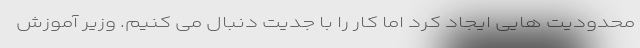
محدودیت هایی ایجاد کرد اما کار را با جدیت دنبال می کنیم. وزیر آموزش